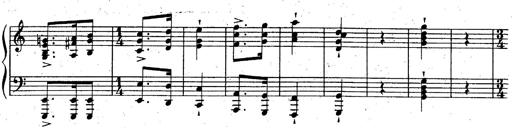
Title: God Save the Queen
Composer: Charles LÃ©on Hess
Key: A major